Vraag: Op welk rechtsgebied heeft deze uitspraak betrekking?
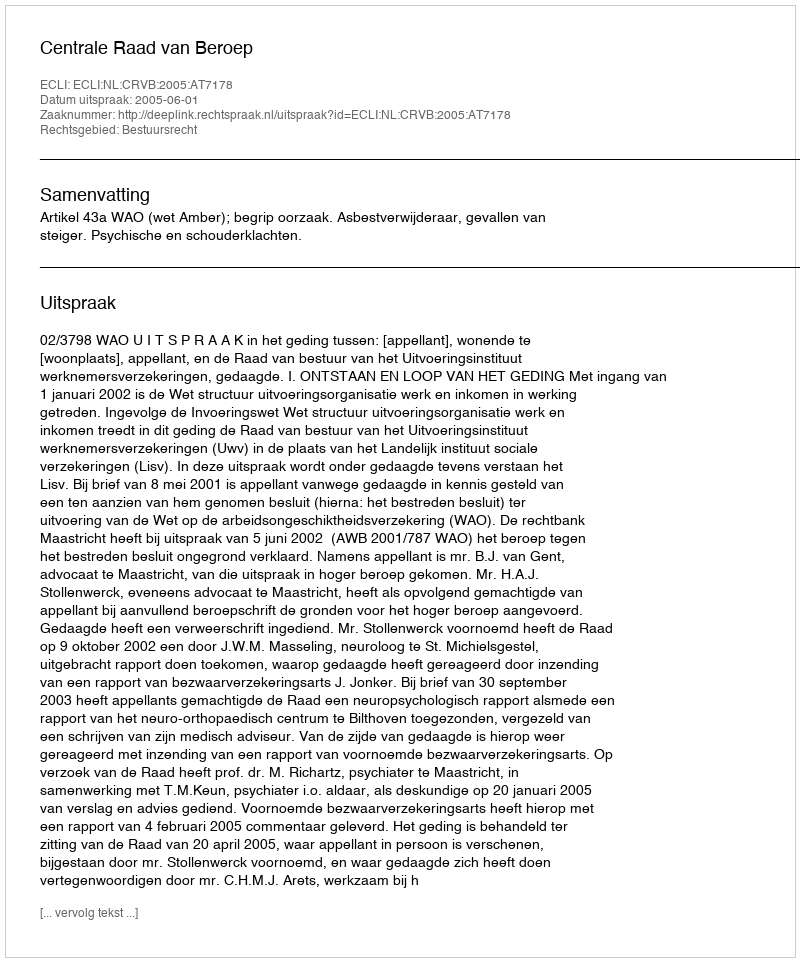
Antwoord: Bestuursrecht